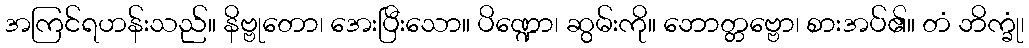
အကြင်ရဟန်းသည်။ နိဗ္ဗုတော၊ အေးပြီးသော။ ပိဏ္ဍော၊ ဆွမ်းကို။ ဘောတ္တဗ္ဗော၊ စားအပ်၏။ တံ ဘိက္ခုံ၊